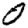
Digit: 0